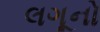
લગૂનો